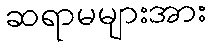
ဆရာမများအား